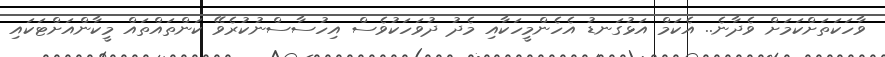
ވާހަކަތަށްކަމަށް ވެދާނެ.. އެކަމް އަޅުގަނޑު އެހެންމީހަކާއި މެދު ދުވަހަކުވެސް އިހުސާސްނުކުރެވޭ ކަންތައްތައް މީކާންއަށްޓަކައި